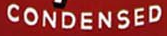
CONDENSED